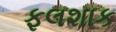
ફલશાક